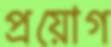
প্রয়োগ